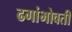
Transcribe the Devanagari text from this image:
ढगांभोवती